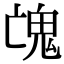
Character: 𩲉